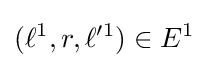
(\ell ^{1},r,\ell ^{\prime 1})\in E^{1}